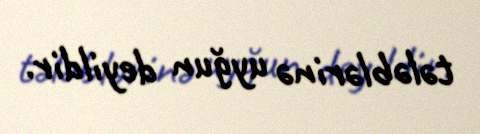
tələblərinə uyğun deyildir.